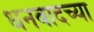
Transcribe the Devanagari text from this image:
धनबादच्या